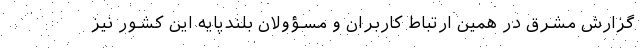
گزارش مشرق در همین ارتباط کاربران و مسؤولان بلندپایه این کشور نیز